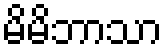
မိမိဘာသာ